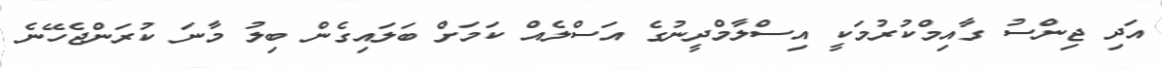
އަދި ޖިންސު ގާއިމްކުރުމަކީ އިސްލާމްދީނުގެ އަސްލެއް ކަމަށް ބަލައިގެން ބިލު މާނަ ކުރަންޖެހޭނެ